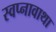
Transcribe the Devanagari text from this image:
स्वप्नावाथा